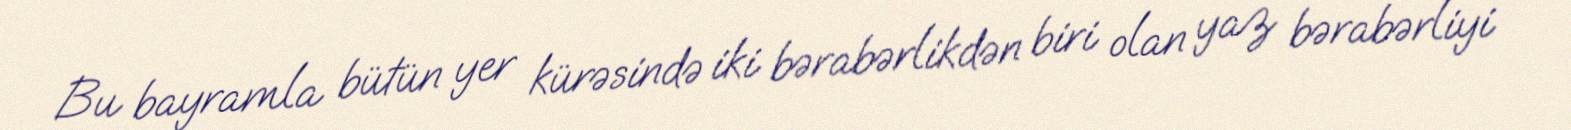
Bu bayramla bütün yer kürəsində iki bərabərlikdən biri olan yaz bərabərliyi